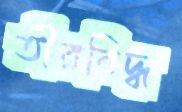
তীরবিদ্ধ